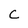
Character: C